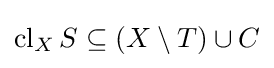
\operatorname {cl} _{X}S\subseteq (X\setminus T)\cup C